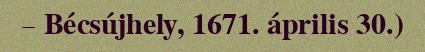
– Bécsújhely, 1671. április 30.)